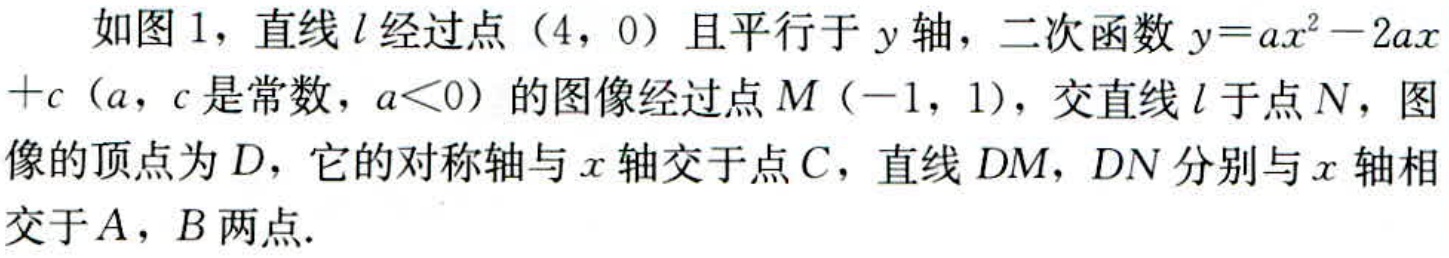
如图1，直线\(l\)经过点（4，0）且平行于\(y\)轴，二次函数\(y = ax^{2}-2ax + c\)（\(a\)，\(c\)是常数，\(a<0\)）的图像经过点\(M(-1,1)\)，交直线\(l\)于点\(N\)，图像的顶点为\(D\)，它的对称轴与\(x\)轴交于点\(C\)，直线\(DM\)，\(DN\)分别与\(x\)轴相交于\(A\)，\(B\)两点.